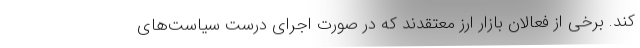
کند. برخی از فعالان بازار ارز معتقدند که در صورت اجرای درست سیاست‌های